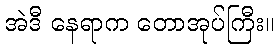
အဲဒီ နေရာက တောအုပ်ကြီး။